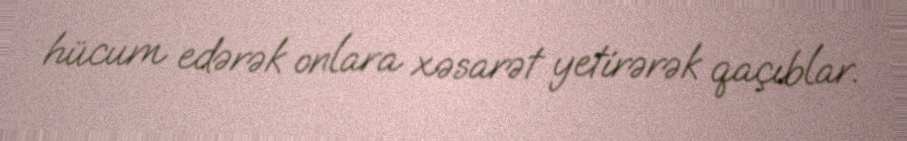
hücum edərək onlara xəsarət yetirərək qaçıblar.